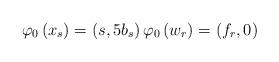
LaTeX: \begin{align*}\varphi_{0}\left(x_{s}\right)=\left(s,5b_{s}\right)\varphi_{0}\left(w_{r}\right)=\left(f_r,0 \right)\end{align*}